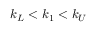
k _ { L } < k _ { 1 } < k _ { U }